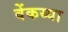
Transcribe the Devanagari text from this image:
वेंकय्या